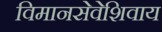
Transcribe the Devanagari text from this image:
विमानसेवेशिवाय